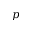
p